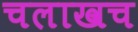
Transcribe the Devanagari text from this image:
चलाखच